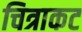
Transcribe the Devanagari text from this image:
चित्राकट